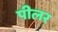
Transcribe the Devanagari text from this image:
पीलर